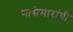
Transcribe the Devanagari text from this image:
मासेमारांची